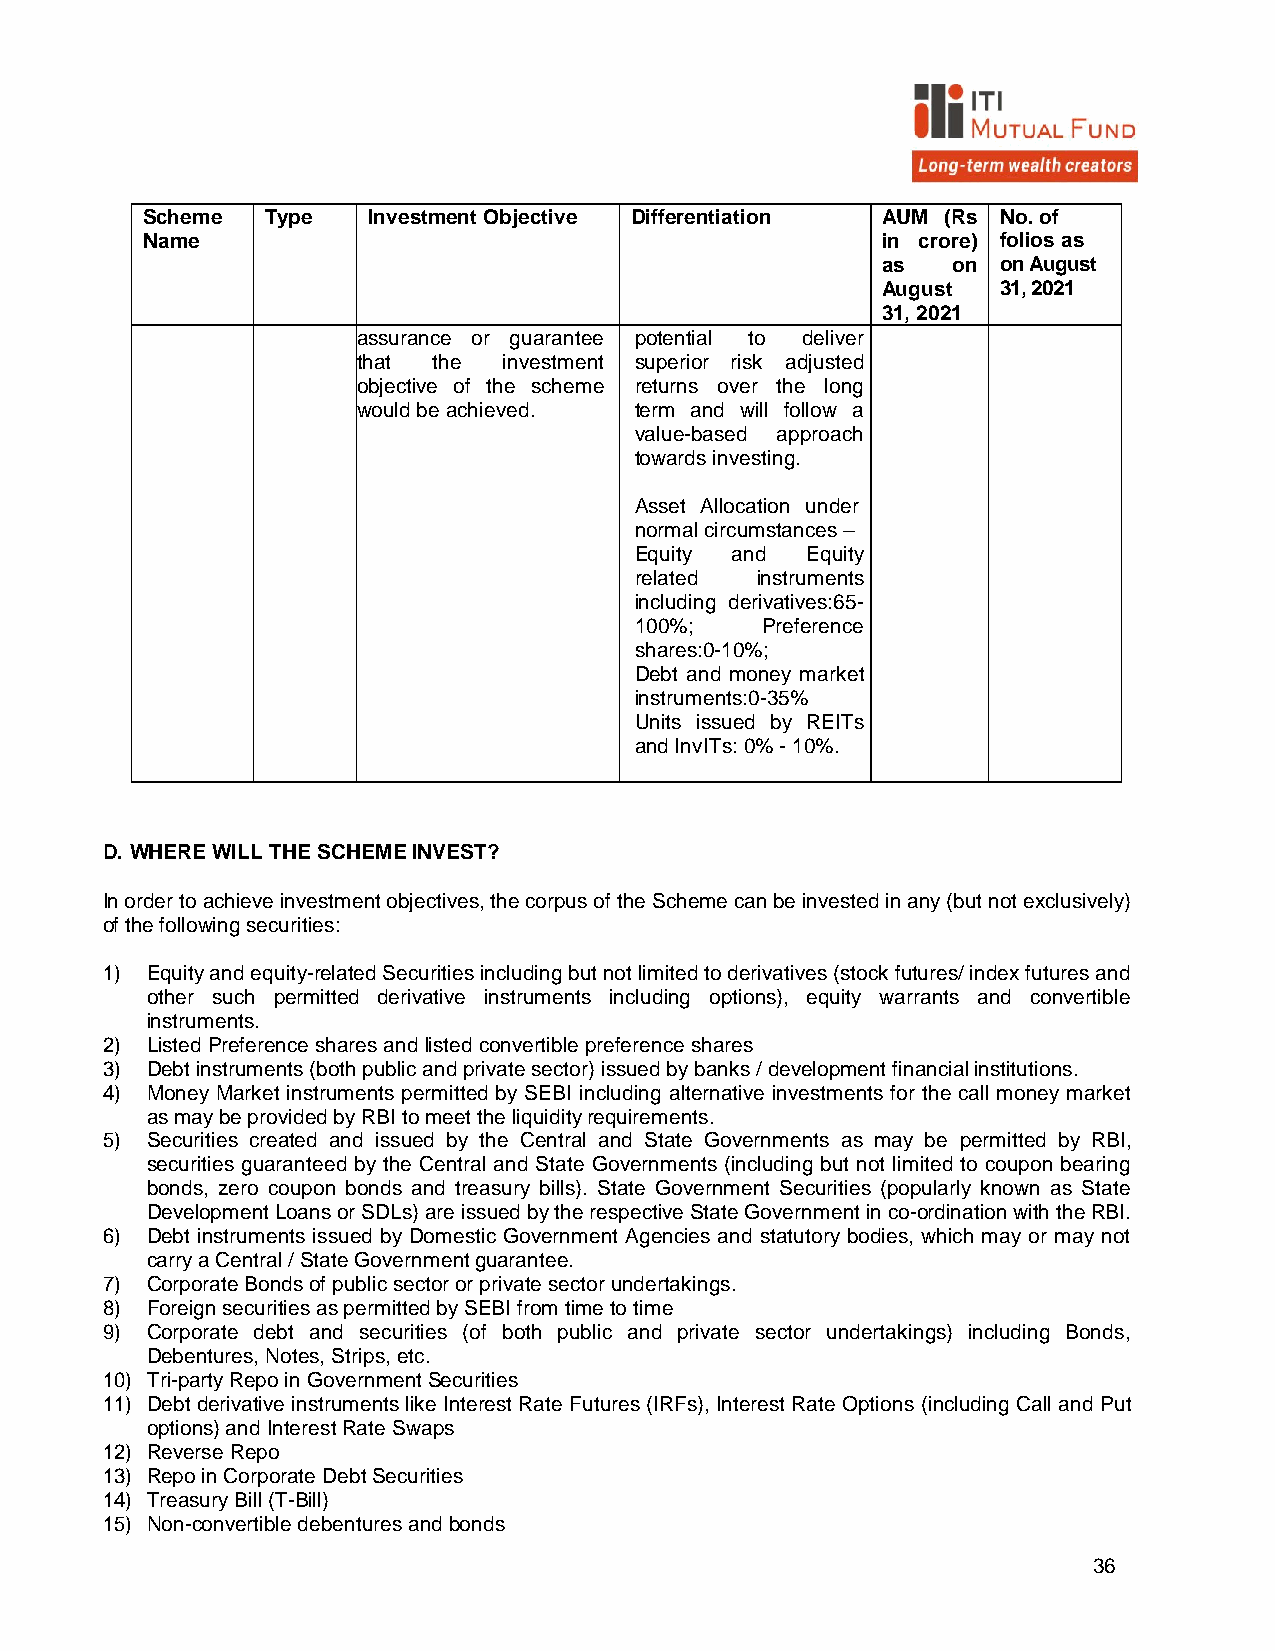
Scheme   Type  Investment Objective Differentiation AUM (Rs No. of
 Name                                             in crore) folios as
 as   on on August
 August  31, 2021
 31, 2021
 assurance or guarantee potential to deliver
 that the investment superior risk adjusted
 objective of the scheme returns over the long
 would be achieved. term and will follow a
 value-based approach
 towards investing.
 Asset Allocation under
 normal circumstances –
 Equity and Equity
 related instruments
 including derivatives:65-
 100%;   Preference
 shares:0-10%;
 Debt and money market
 instruments:0-35%
 Units issued by REITs
 and InvITs: 0% - 10%.
 D. WHERE WILL THE SCHEME INVEST?
 In order to achieve investment objectives, the corpus of the Scheme can be invested in any (but not exclusively)
 of the following securities:
 1) Equity and equity-related Securities including but not limited to derivatives (stock futures/ index futures and
 other such permitted derivative instruments including options), equity warrants and convertible
 instruments.
 2) Listed Preference shares and listed convertible preference shares
 3) Debt instruments (both public and private sector) issued by banks / development financial institutions.
 4) Money Market instruments permitted by SEBI including alternative investments for the call money market
 as may be provided by RBI to meet the liquidity requirements.
 5) Securities created and issued by the Central and State Governments as may be permitted by RBI,
 securities guaranteed by the Central and State Governments (including but not limited to coupon bearing
 bonds, zero coupon bonds and treasury bills). State Government Securities (popularly known as State
 Development Loans or SDLs) are issued by the respective State Government in co-ordination with the RBI.
 6) Debt instruments issued by Domestic Government Agencies and statutory bodies, which may or may not
 carry a Central / State Government guarantee.
 7) Corporate Bonds of public sector or private sector undertakings.
 8) Foreign securities as permitted by SEBI from time to time
 9) Corporate debt and securities (of both public and private sector undertakings) including Bonds,
 Debentures, Notes, Strips, etc.
 10) Tri-party Repo in Government Securities
 11) Debt derivative instruments like Interest Rate Futures (IRFs), Interest Rate Options (including Call and Put
 options) and Interest Rate Swaps
 12) Reverse Repo
 13) Repo in Corporate Debt Securities
 14) Treasury Bill (T-Bill)
 15) Non-convertible debentures and bonds
 36